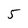
Character: 5